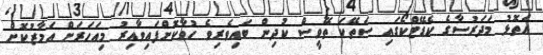
އަތޮޅު މަދަރުސާގެ ކެޑޭޓްކޯގައި ސަތޭކަ ތޭވީސް ކުދިން ބައިވެރިވެ ހުވާކޮށްފައިވާއިރު މިއަހަރަށް އަމާޒުކޮށް